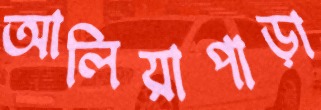
আলিয়াপাড়া